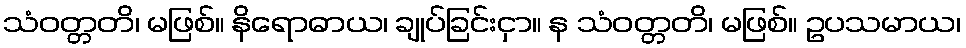
သံဝတ္တတိ၊ မဖြစ်။ နိရောဓာယ၊ ချုပ်ခြင်းငှာ။ န သံဝတ္တတိ၊ မဖြစ်။ ဥပသမာယ၊